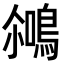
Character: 𪂘